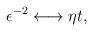
LaTeX: \begin{align*}\epsilon^{-2} \longleftrightarrow \eta t,\end{align*}